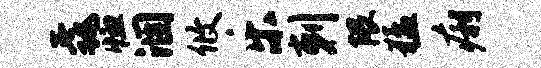
毳恤涸攸乐剌隈猛痢